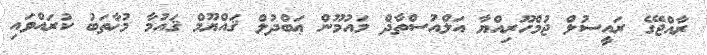
ރާއްޖޭގެ ރައީސުލް ޖުމްހޫރިއްޔާ އަލްއުސްތާޛް މައުމޫން ޢަބްދުލް ޤައްޔޫމް ޤައުމާ މުޚާތަބު ކުރައްވައި